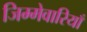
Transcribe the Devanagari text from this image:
जिम्मेवारियाँ